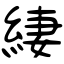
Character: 緀